Vaccine operations Central Provinces 1868-1885 - 1868-1885
Year: 1868
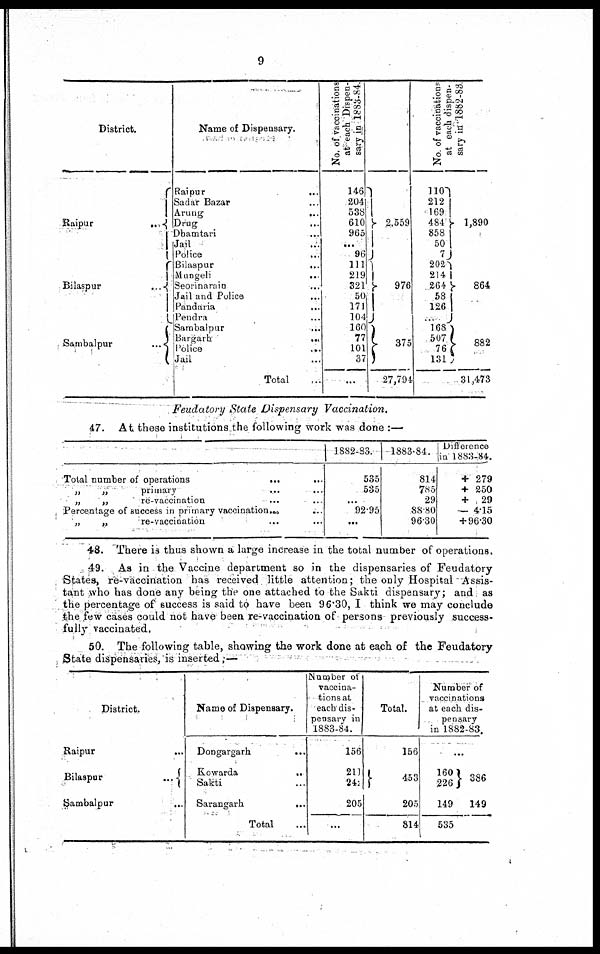
9
District.
Raipur
...
Bilaspur
...
Sambalpur
...
Name of Dispensary.
Raipur
...
Sadar Bazar ...
Arung ...
Drug ...
Dhamtari
...
Jail ...
Police ...
Bilaspur
...
Mangeli
...
Seormarain ...
Jail and Police ...
Pandaria
...
Pendra ...
Sambalpur
...
Bargarh
...
Police
...
Jail ...
Total
No. of vaccinations
at each Dispen-
sary in 1883-84.
146
204
538
610
965
...
96
111
219
321
50
171
104
160
77
101
37
...
2,559
976
375
27,794
No. of vaccinations
at each dispen-
sary in 1882-83.
110
212
169
484
858
50
7
202
214
264
58
126
...
168
507
76
131
1,890
864
882
31,473
Feudatory State Dispensary Vaccination.
47. At these institutions the following work was done :—
Total number of operations
...
...
„
„
primary ... ...
„
„
re-vaccination ... ...
Percentage of success in primary vaccination.
...
„
„
re-vaccination ... ...
1882-83.
535
535
...
92.95
...
1883-84.
814
785
29
88.80
96.30
Difference
in 1883-84.
+ 279
+ 250
+ 29
— 4.15
+ 96.30
48. There is thus shown a large increase in the total number of operations.
49. As in the Vaccine department so in the dispensaries of Feudatory
States, re-vaccination has received little attention; the only Hospital Assis-
tant who has done any being the one attached to the Sakti dispensary; and as
the percentage of success is said to have been 96.30, I think we may conclude
the few cases could not have been re-vaccination of- persons previously success-
fully vaccinated.
50. The following table, showing the work done at each of the Feudatory
State dispensaries, is inserted:—
District.
Raipur
...
Bilaspur
...
Sambalpur
...
Name of Dispensary.
Dongargarh
...
Kowarda
...
Sakti ...
Sarangarh
...
Total
Number of
vaccina-
tions at
each dis-
pensary in
1883-84.
156
211
241
205
...
Total.
156
453
205
814
Number of
vaccinations
at each dis-
pensary
in 1882-83.
...
160
226
149
535
386
149